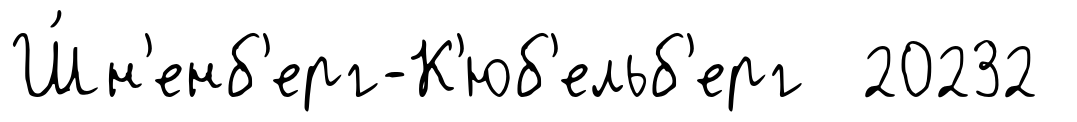
Ш́н'енб'ерг-К'юб'ельб'ерг 20232